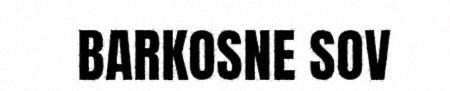
BARKOSNE SOV